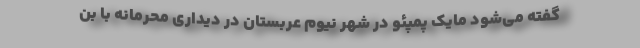
گفته می‌شود مایک پمپئو در شهر نیوم عربستان در دیداری محرمانه با بن